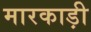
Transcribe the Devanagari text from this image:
मारकाड़ी